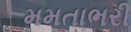
મમતાભરી